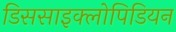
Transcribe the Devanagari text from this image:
डिससाइक्लोपिडियन